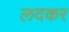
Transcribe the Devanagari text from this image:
लदकर